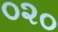
૦૨૦